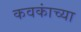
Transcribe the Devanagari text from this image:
कवकांच्या